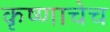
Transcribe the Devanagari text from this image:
कृष्णाचेच